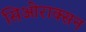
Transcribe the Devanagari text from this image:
सिओराक्सन